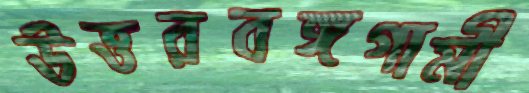
উত্তরবঙ্গগামী